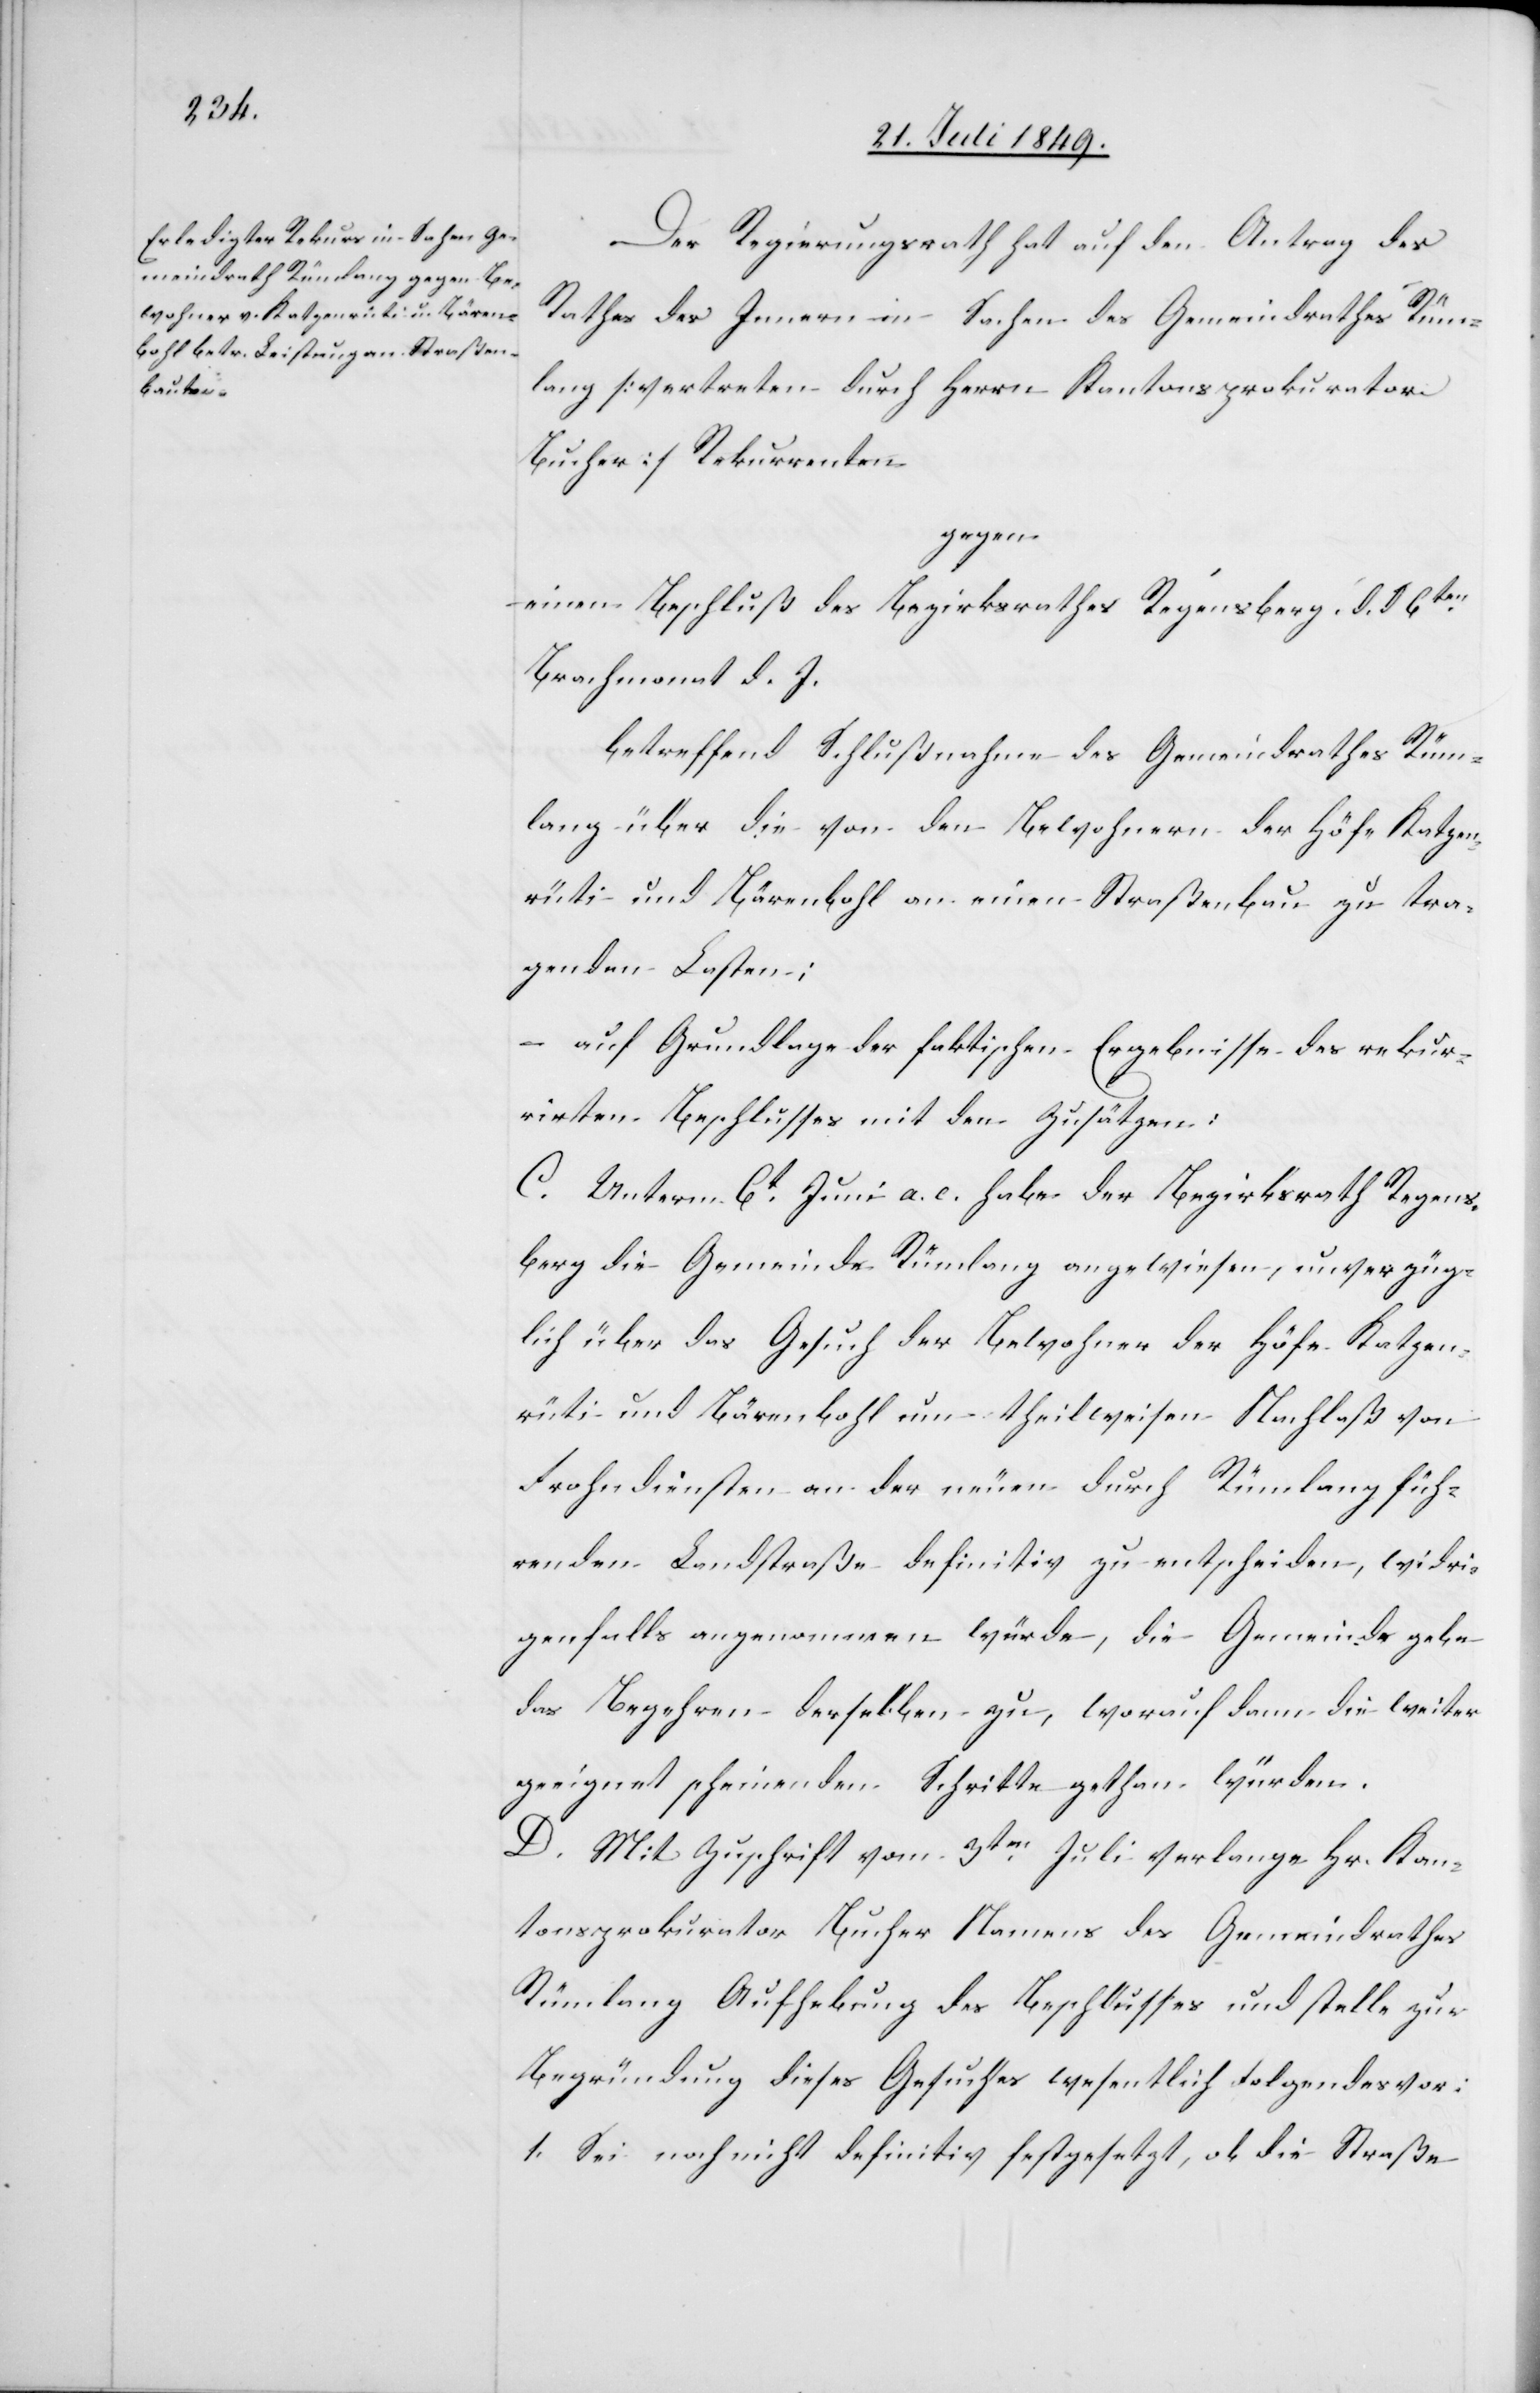
Der Regierungsrath hat auf den Antrag des
Rathes des Innern in Sachen des Gemeindrathes Rüm¬
lang [vertreten durch Herrn Kantonsprokurator
Bucher] Rekurrenten
gegen
einen Beschluß des Bezirksrathes Regensberg d. d. 6ten
Brachmonat d. J.
betreffend Schlußnahme des Gemeindrathes Rüm¬
lang über die von den Bewohnern der Höfe Katzen¬
rüti und Bärenbohl an einen Straßenbau zu tra¬
genden Lasten;
– auf Grundlage der faktischen Ergebnisse des rekur¬
rirten Beschlusses mit den Zusätzen;
C. Unterm 6t Juni a. c. habe der Bezirksrath Regens¬
berg die Gemeinde Rümlang angewiesen, unverzüg¬
lich über das Gesuch der Bewohner der Höfe Katzen¬
rüti und Bärenbohl um theilweisen Nachlaß von
Frohndiensten an der neuen durch Rümlang füh¬
renden Landstraße definitiv zu entscheiden, widri¬
genfalls angenommen würde, die Gemeinde gebe
das Begehren derselben zu, worauf dann die weiter
geeignet scheinenden Schritte gethan würden.
D. Mit Zuschrift vom 3ten Juli verlange Hr. Kan¬
tonsprokurator Bucher Namens des Gemeindrathes
Rümlang Aufhebung des Beschlusses und stelle zur
Begründung dieses Gesuches wesentlich Folgendes vor:
1. Sei noch nicht definitiv festgesetzt, ob die Straße